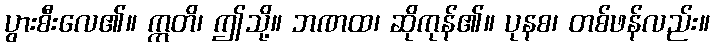
ပွားစီးလေ၏။ ဣတိ၊ ဤသို့။ ဘဏထ၊ ဆိုကုန်၏။ ပုနစ၊ တစ်ဖန်လည်း။